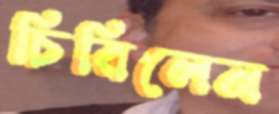
চিরিলেন